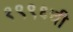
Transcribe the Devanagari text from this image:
१९९६ची